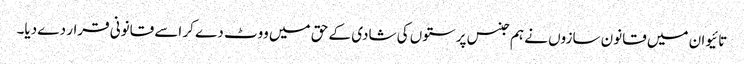
تائیوان میں قانون سازوں نے ہم جنس پرستوں کی شادی کے حق میں ووٹ دے کر اسے قانونی قرار دے دیا۔